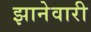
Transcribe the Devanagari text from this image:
झानेवारी